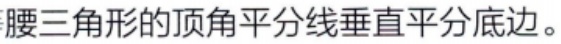
腰三角形的顶角平分线垂直平分底边。